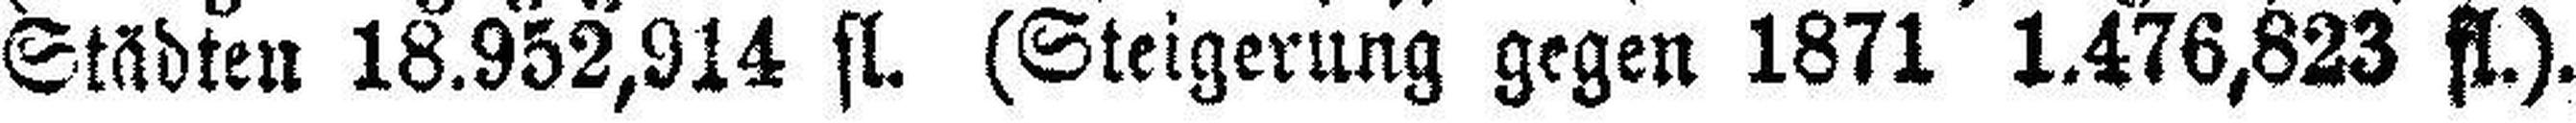
Städten 18.952,914 fl. (Steigerung gegen 1871 1.476,823 fl.).